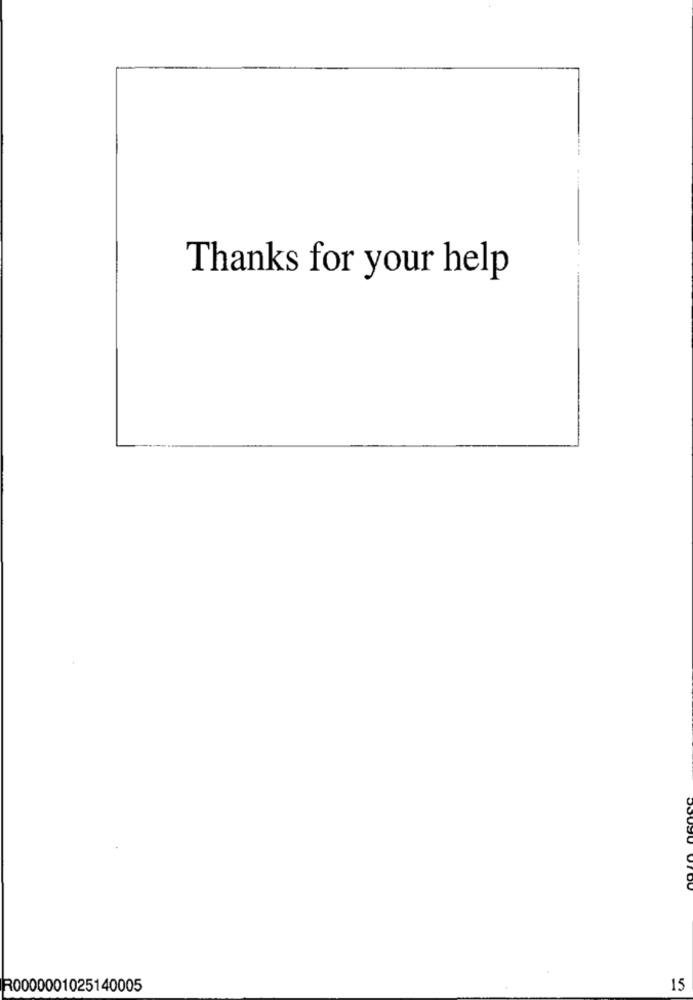
Thanks for your help
R0000001025140005
15